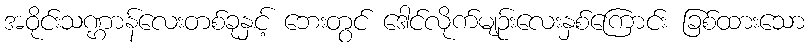
အဝိုင်းသဏ္ဌာန်လေးတစ်ခုနှင့် ဘေးတွင် ဒေါင်လိုက်မျဉ်းလေးနှစ်ကြောင်း ခြစ်ထားသော